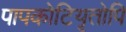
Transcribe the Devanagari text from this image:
पापकोटियृतोपि